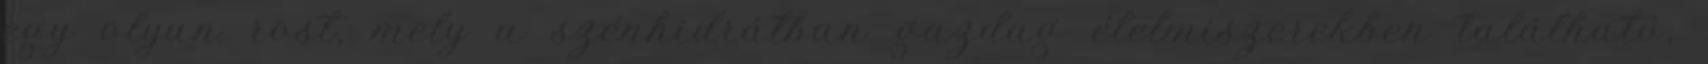
egy olyan rost, mely a szénhidrátban gazdag élelmiszerekben található,